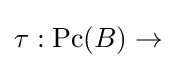
\tau :\operatorname {Pc} (B)\to